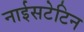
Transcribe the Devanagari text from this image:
नाईसटेटिन